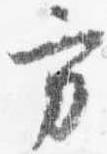
方